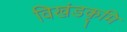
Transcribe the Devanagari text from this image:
विखंडकृमि